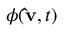
\phi ( \mathbf { \hat { v } } _ { } , t )